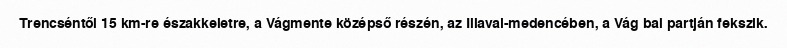
Trencséntől 15 km-re északkeletre, a Vágmente középső részén, az Illavai-medencében, a Vág bal partján fekszik.